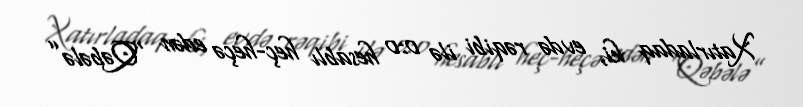
Xatırladaq ki, evdə rəqibi ilə 0:0 hesablı heç-heçə edən “Qəbələ”